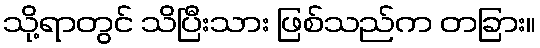
သို့ရာတွင် သိပြီးသား ဖြစ်သည်က တခြား။